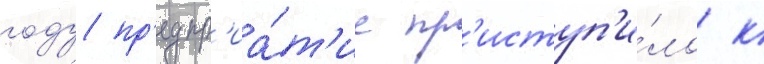
году пр'едпр'иа́т'ие пр'иступ'и́ло к